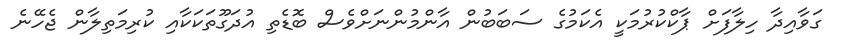
ގަވާއިދާ ހިލާފަށް ޕާކްކުުރުމަކީ އެކަމުުގެ ސަބަބުން އާންމުންނަށްވެސް ބޮޑެތި އުދަގޫތަކަކާއި ކުރިމަތިލާން ޖެހޭނެ